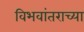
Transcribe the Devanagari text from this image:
विभवांतराच्या